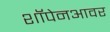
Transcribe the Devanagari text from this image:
शॉपेनआवर